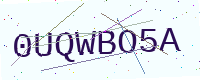
Text: 0UQWBO5A